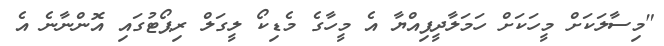
"މިސާލަކަށް މީހަކަށް ހަމަލާދީފިއްޔާ އެ މީހާގެ މެޑިކޯ ލީގަލް ރިޕޯޓުގައި އޮންނާނެ އެ